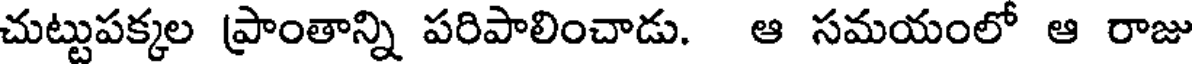
చుట్టుపక్కల ప్రాంతాన్ని పరిపాలించాడు. ఆ సమయంలో ఆ రాజు